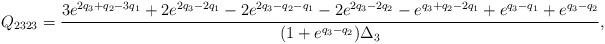
LaTeX: \begin{align*}Q_{2323}=\frac{3e^{2 q_3+q_2-3q_1}+2e^{2 q_3-2 q_1}-2e^{2q_3-q_2-q_1}-2 e^{2q_3-2q_2}-e^{q_3+q_2-2q_1}+e^{q_3-q_1}+e^{q_3-q_2}}{(1+e^{q_3-q_2})\Delta_3},\end{align*}